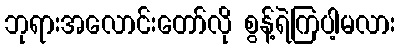
ဘုရားအလောင်းတော်လို စွန့်ရဲကြပါ့မလား